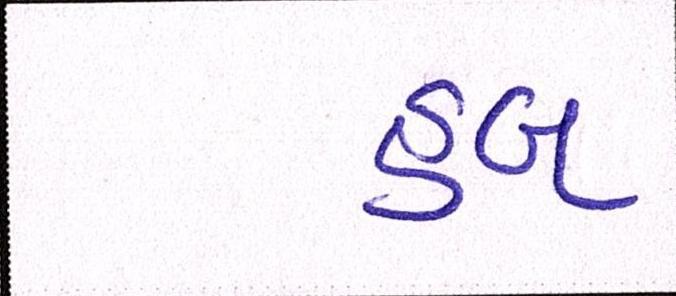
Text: હબ